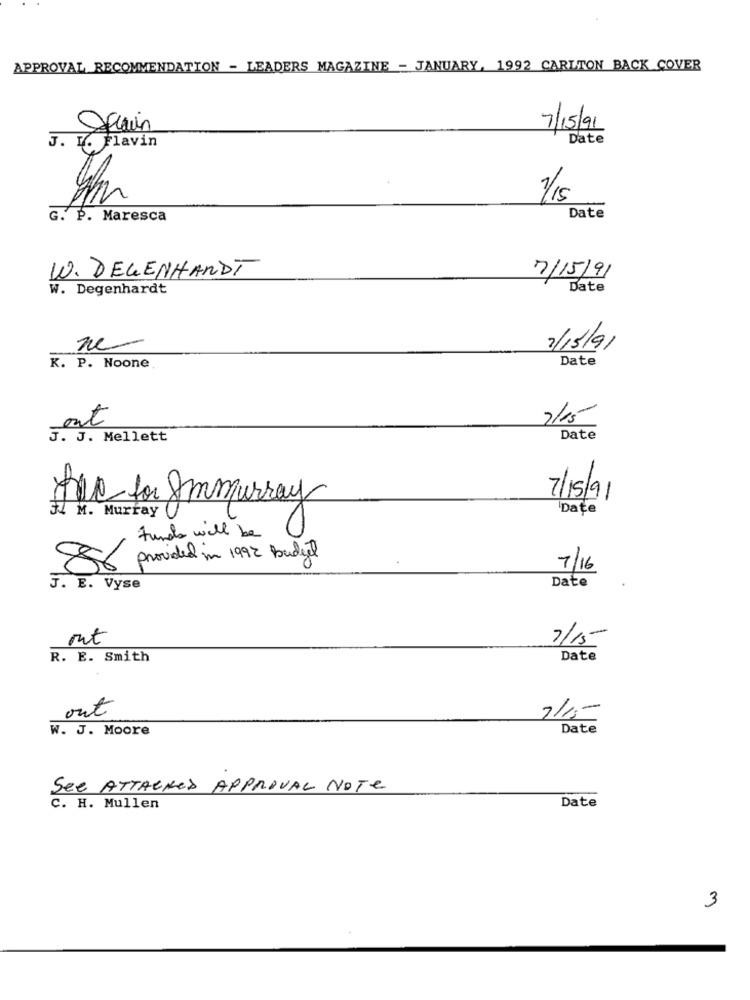
APPROVAL RECOMMENDATION - LEADERS MAGAZINE - JANUARY, 1992 CARLTON BACK COVER
7/15/91
Date
J. K. Flavin
1/15
G. P. Maresca
Date
WW. DEGENHARDT
7/15/91
W. Degenhardt
Date
ne-
2/13/91
Date
K. P. Noone
est
2/15
J. J. Mellett
Date
Tue for Ammurray
7/15/91
Date
34 M. Murray
funds will be
provided in 1992 Budget
8
7/16
J. E. Vyse
Date
mt
7/15
R. E. Smith
Date
out
7/15-
W. J. Moore
Date
See ATTACHED APPROVAL NOTe
Date
C. H. Mullen
3